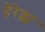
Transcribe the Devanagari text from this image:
हेरेझ